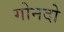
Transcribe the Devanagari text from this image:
गोनदो